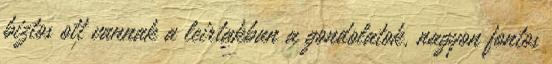
biztos ott vannak a leirtakban a gondolatok, nagyon fontos